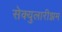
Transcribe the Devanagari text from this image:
सेक्युलारीझम